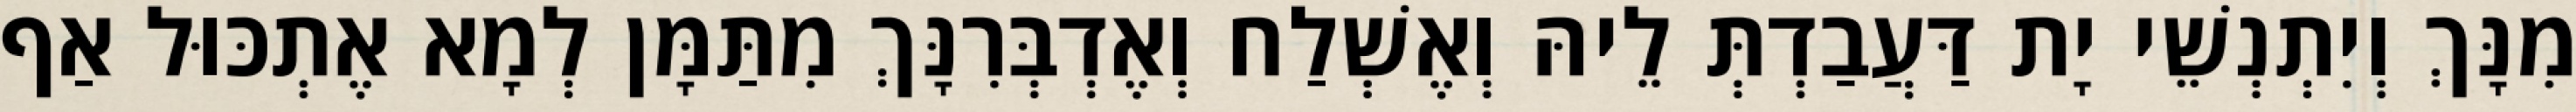
מִנָּךְ וְיִתְנְשֵׁי יָת דַּעֲבַדְתְּ לֵיהּ וְאֶשְׁלַח וְאֶדְבְּרִנָּךְ מִתַּמָּן לְמָא אֶתְכּוּל אַף